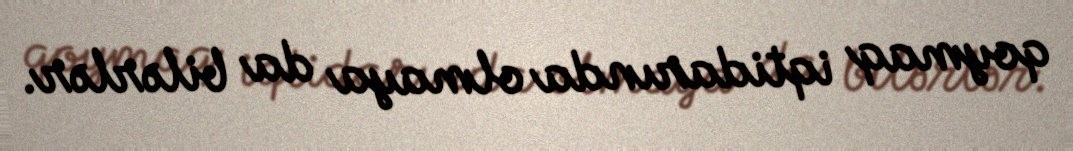
qoymaq iqtidarında olmaya da bilərlər.